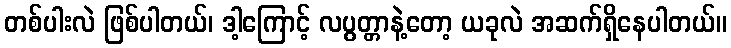
တစ်ပါးလဲ ဖြစ်ပါတယ်၊ ဒါ့ကြောင့် လပွတ္တာနဲ့တော့ ယခုလဲ အဆက်ရှိနေပါတယ်။